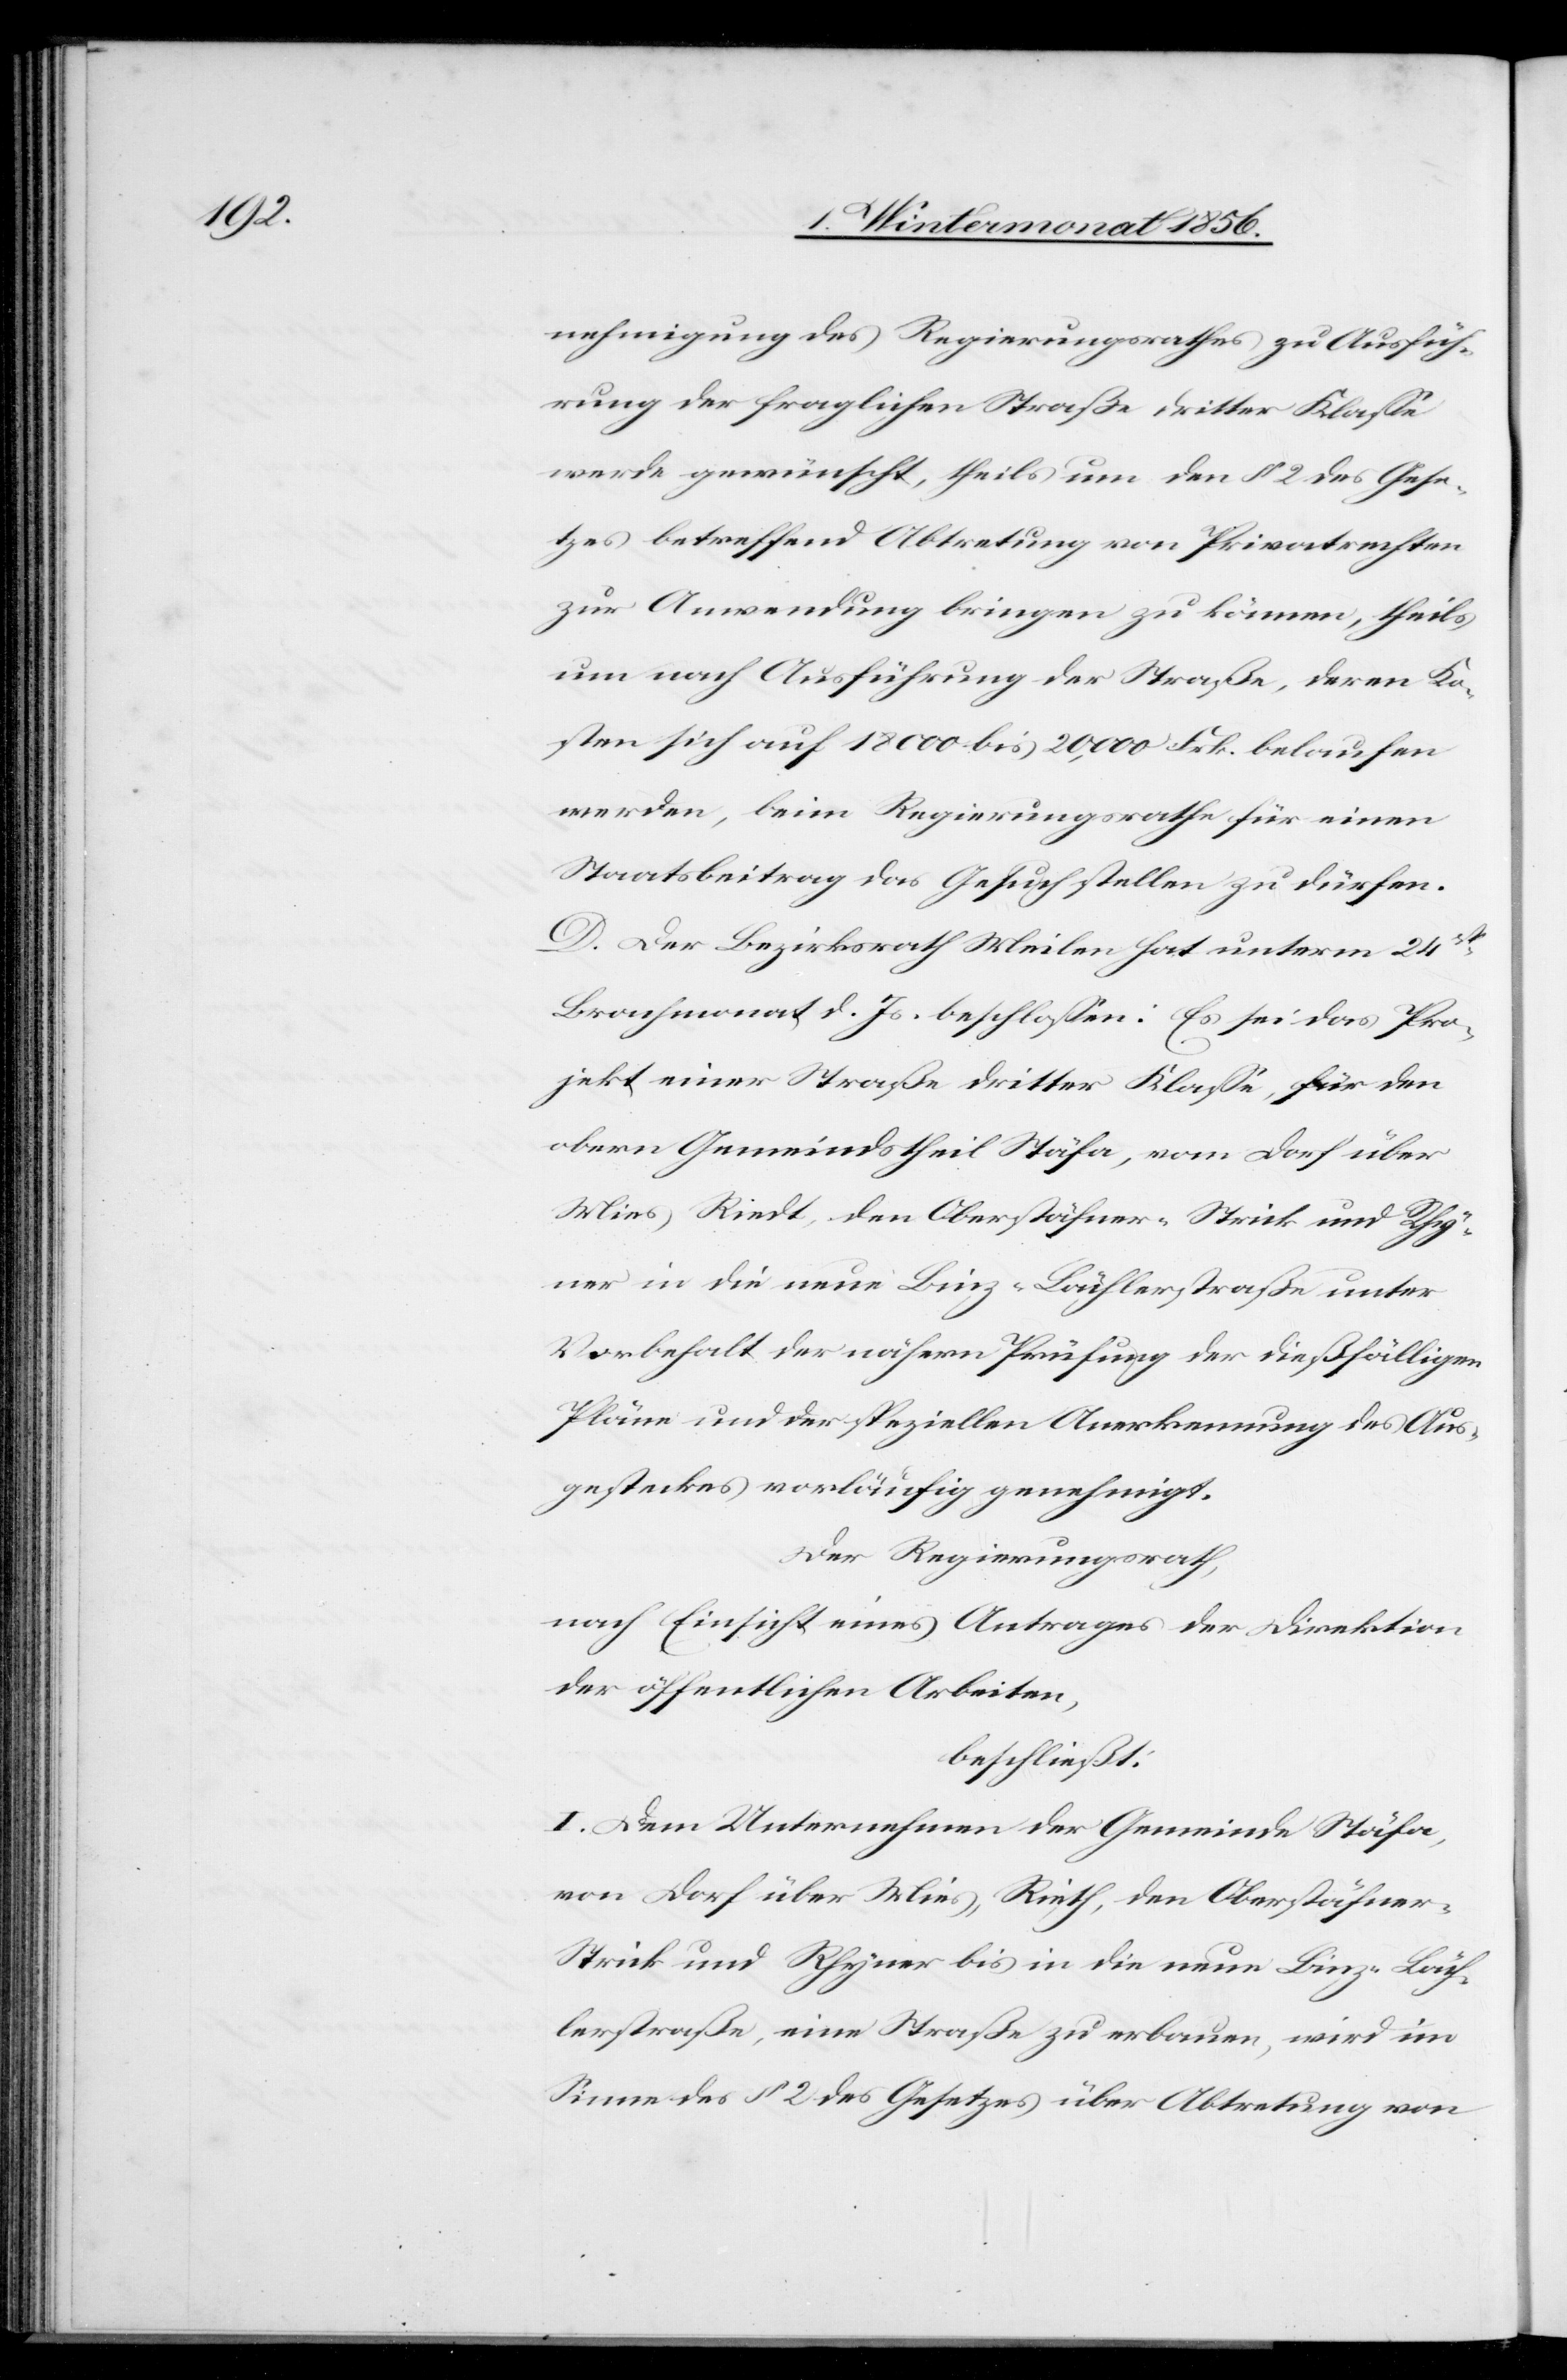
nehmigung des Regierungsrathes zu Ausfüh¬
rung der fraglichen Straße dritter Klasse
werde gewünscht, theils um den § 2 des Gese¬
tzes betreffend Abtretung von Privatrechten
zur Anwendung bringen zu können, theils
um nach Ausführung der Straße, deren Ko¬
sten sich auf 18 00 bis 20,000 Frk. belaufen
werden, beim Regierungsrathe für einen
Staatsbeitrag das Gesuch stellen zu dürfen.
D. Der Bezirksrath Meilen hat unterm 24st
Brachmonat d. Js. beschlossen: Es sei das Pro¬
jekt einer Straße dritter Klasse, für den
obern Gemeindstheil Stäfa, vom Dorf über
Mies, Riedt, den Oberstäfner-Strick und Rhy¬
ner in die neue Binz-Lächlerstraße unter
Vorbehalt der nähern Prüfung der dießfälligen
Pläne und der speziellen Anerkennung des Aus¬
gesteckes vorläufig genehmigt.
Der Regierungsrath,
nach Einsicht eines Antrages der Direktion
der öffentlichen Arbeiten,
beschließt:
I. Dem Unternehmen der Gemeinde Stäfa,
von Dorf über Mies, Rieth [sic!], den Oberstäfne¬
r-Strick und Rhyner bis in die neue Binz-Läch¬
lerstraße, eine Straße zu erbauen, wird im
Sinne des § 2 des Gesetzes über Abtretung von